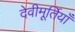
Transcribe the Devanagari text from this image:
देवीमूर्तियाँ